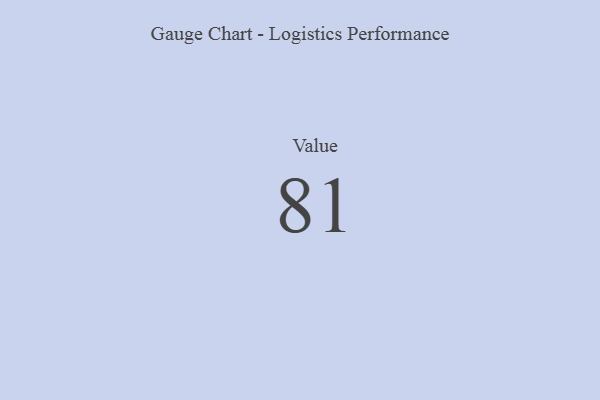
{"axis": {"x": "Metric", "y": "Value"}, "legend": [""], "data": [{"x": "Value", "y": 81, "type": ""}]}